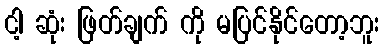
ငါ့ ဆုံး ဖြတ်ချက် ကို မပြင်နိုင်တော့ဘူး